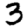
Digit: 3